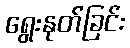
ရွေးနုတ်ခြင်း